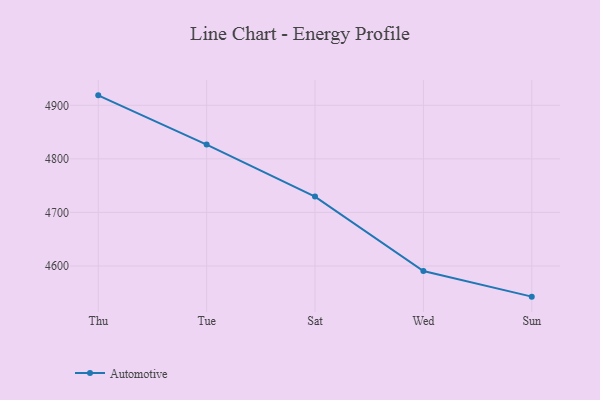
{"axis": {"x": "Day", "y": "Website Visitors"}, "legend": ["Automotive"], "data": [{"x": "Thu", "y": 4918.6, "type": "Automotive"}, {"x": "Tue", "y": 4826.6, "type": "Automotive"}, {"x": "Sat", "y": 4729.5, "type": "Automotive"}, {"x": "Wed", "y": 4590.7, "type": "Automotive"}, {"x": "Sun", "y": 4542.7, "type": "Automotive"}]}